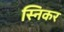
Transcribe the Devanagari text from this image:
स्निकर